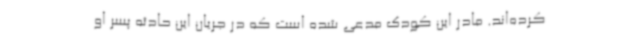
کرده‌اند. مادر این کودک مدعی شده است که در جریان این حادثه پسر او